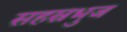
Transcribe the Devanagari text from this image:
सहस्रभुज